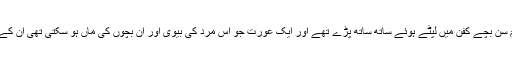
صحن میں کچھ ہی دور دو کم سِن بچے کفن میں لپٹے ہوئے ساتھ ساتھ پڑے تھے اور ایک عورت جو اس مرد کی بیوی اور ان بچوں کی ماں ہو سکتی تھی ان کے پاس بیٹھی بین کر رہی تھی۔